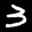
Label: 3